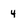
Character: 4